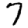
Digit: 7